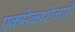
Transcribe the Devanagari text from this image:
एकमेकांशेजारी